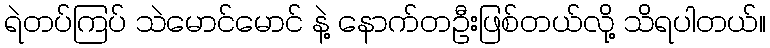
ရဲတပ်ကြပ် သဲမောင်မောင် နဲ့ နောက်တဦးဖြစ်တယ်လို့ သိရပါတယ်။